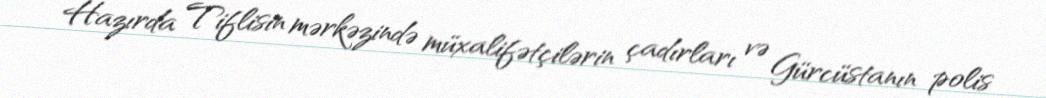
Hazırda Tiflisin mərkəzində müxalifətçilərin çadırları və Gürcüstanın polis